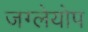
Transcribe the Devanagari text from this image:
जग्लेयोप